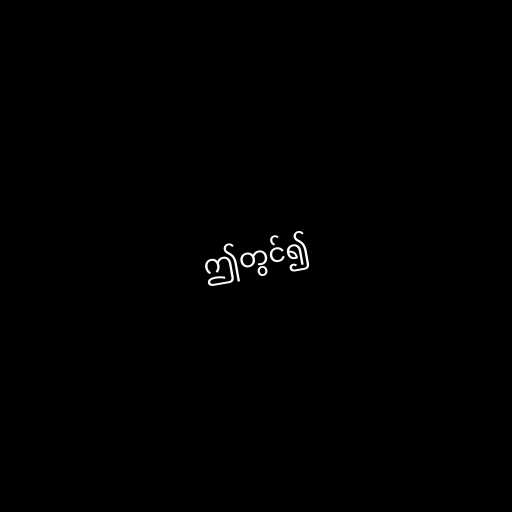
ဤတွင်၍